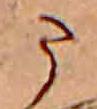
ま